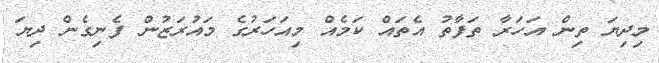
މިދިޔަ ތިން އަހަރާ ތަފާތު އެތައް ކަމެއް މިއަހަރުގެ މައުރަޒުން ފެނިގެން ދިޔަ